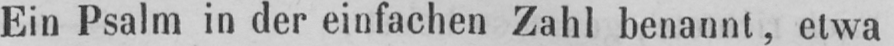
Ein Psalm in der einfachen Zahl benannt, etwa